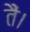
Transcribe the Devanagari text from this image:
तैं।